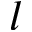
l